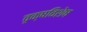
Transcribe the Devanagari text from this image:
वृक्षविशेष